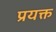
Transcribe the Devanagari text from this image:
प्रयक्त